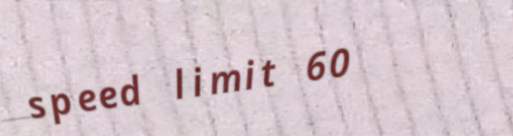
speed limit 60